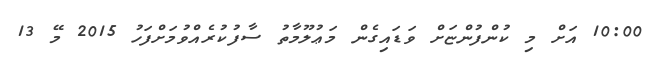
10:00 އަށް މި ކުންފުންޏަށް ވަޑައިގެން މަޢުލޫމާތު ސާފުކުރެއްވުމަށްފަހު 2015 މޭ 13